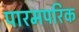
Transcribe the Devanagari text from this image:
पारमपरिक